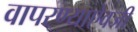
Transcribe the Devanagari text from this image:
वापरण्याऐवजी